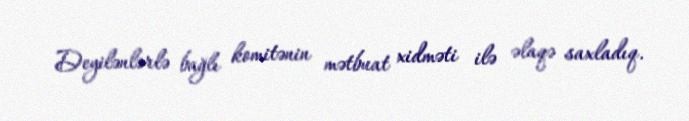
Deyilənlərlə bağlı komitənin mətbuat xidməti ilə əlaqə saxladıq.